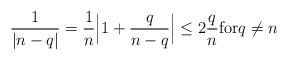
\begin{align*}\dfrac{1}{\vert n-q \vert}= \dfrac{1}{n}\Big\vert1+\dfrac{q}{n-q}\Big\vert\leq 2\dfrac{q}{n} \textrm{for} q\neq n\end{align*}